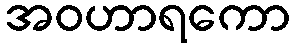
အဝဟာရကော